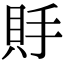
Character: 𧵃